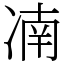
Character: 㓓